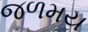
જળમય